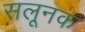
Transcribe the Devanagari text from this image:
सलूनक